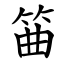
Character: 筁